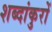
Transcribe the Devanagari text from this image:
शब्दांकुरों